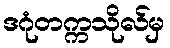
ဒဂုံတက္ကသိုလ်မှ